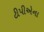
ટીપીએના